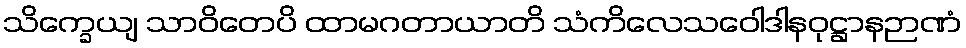
သိက္ခေယျ သာဝိတေပိ ထာမဂတာယာတိ သံကိလေသဝေါဒါနဝုဋ္ဌာနဉာဏံ